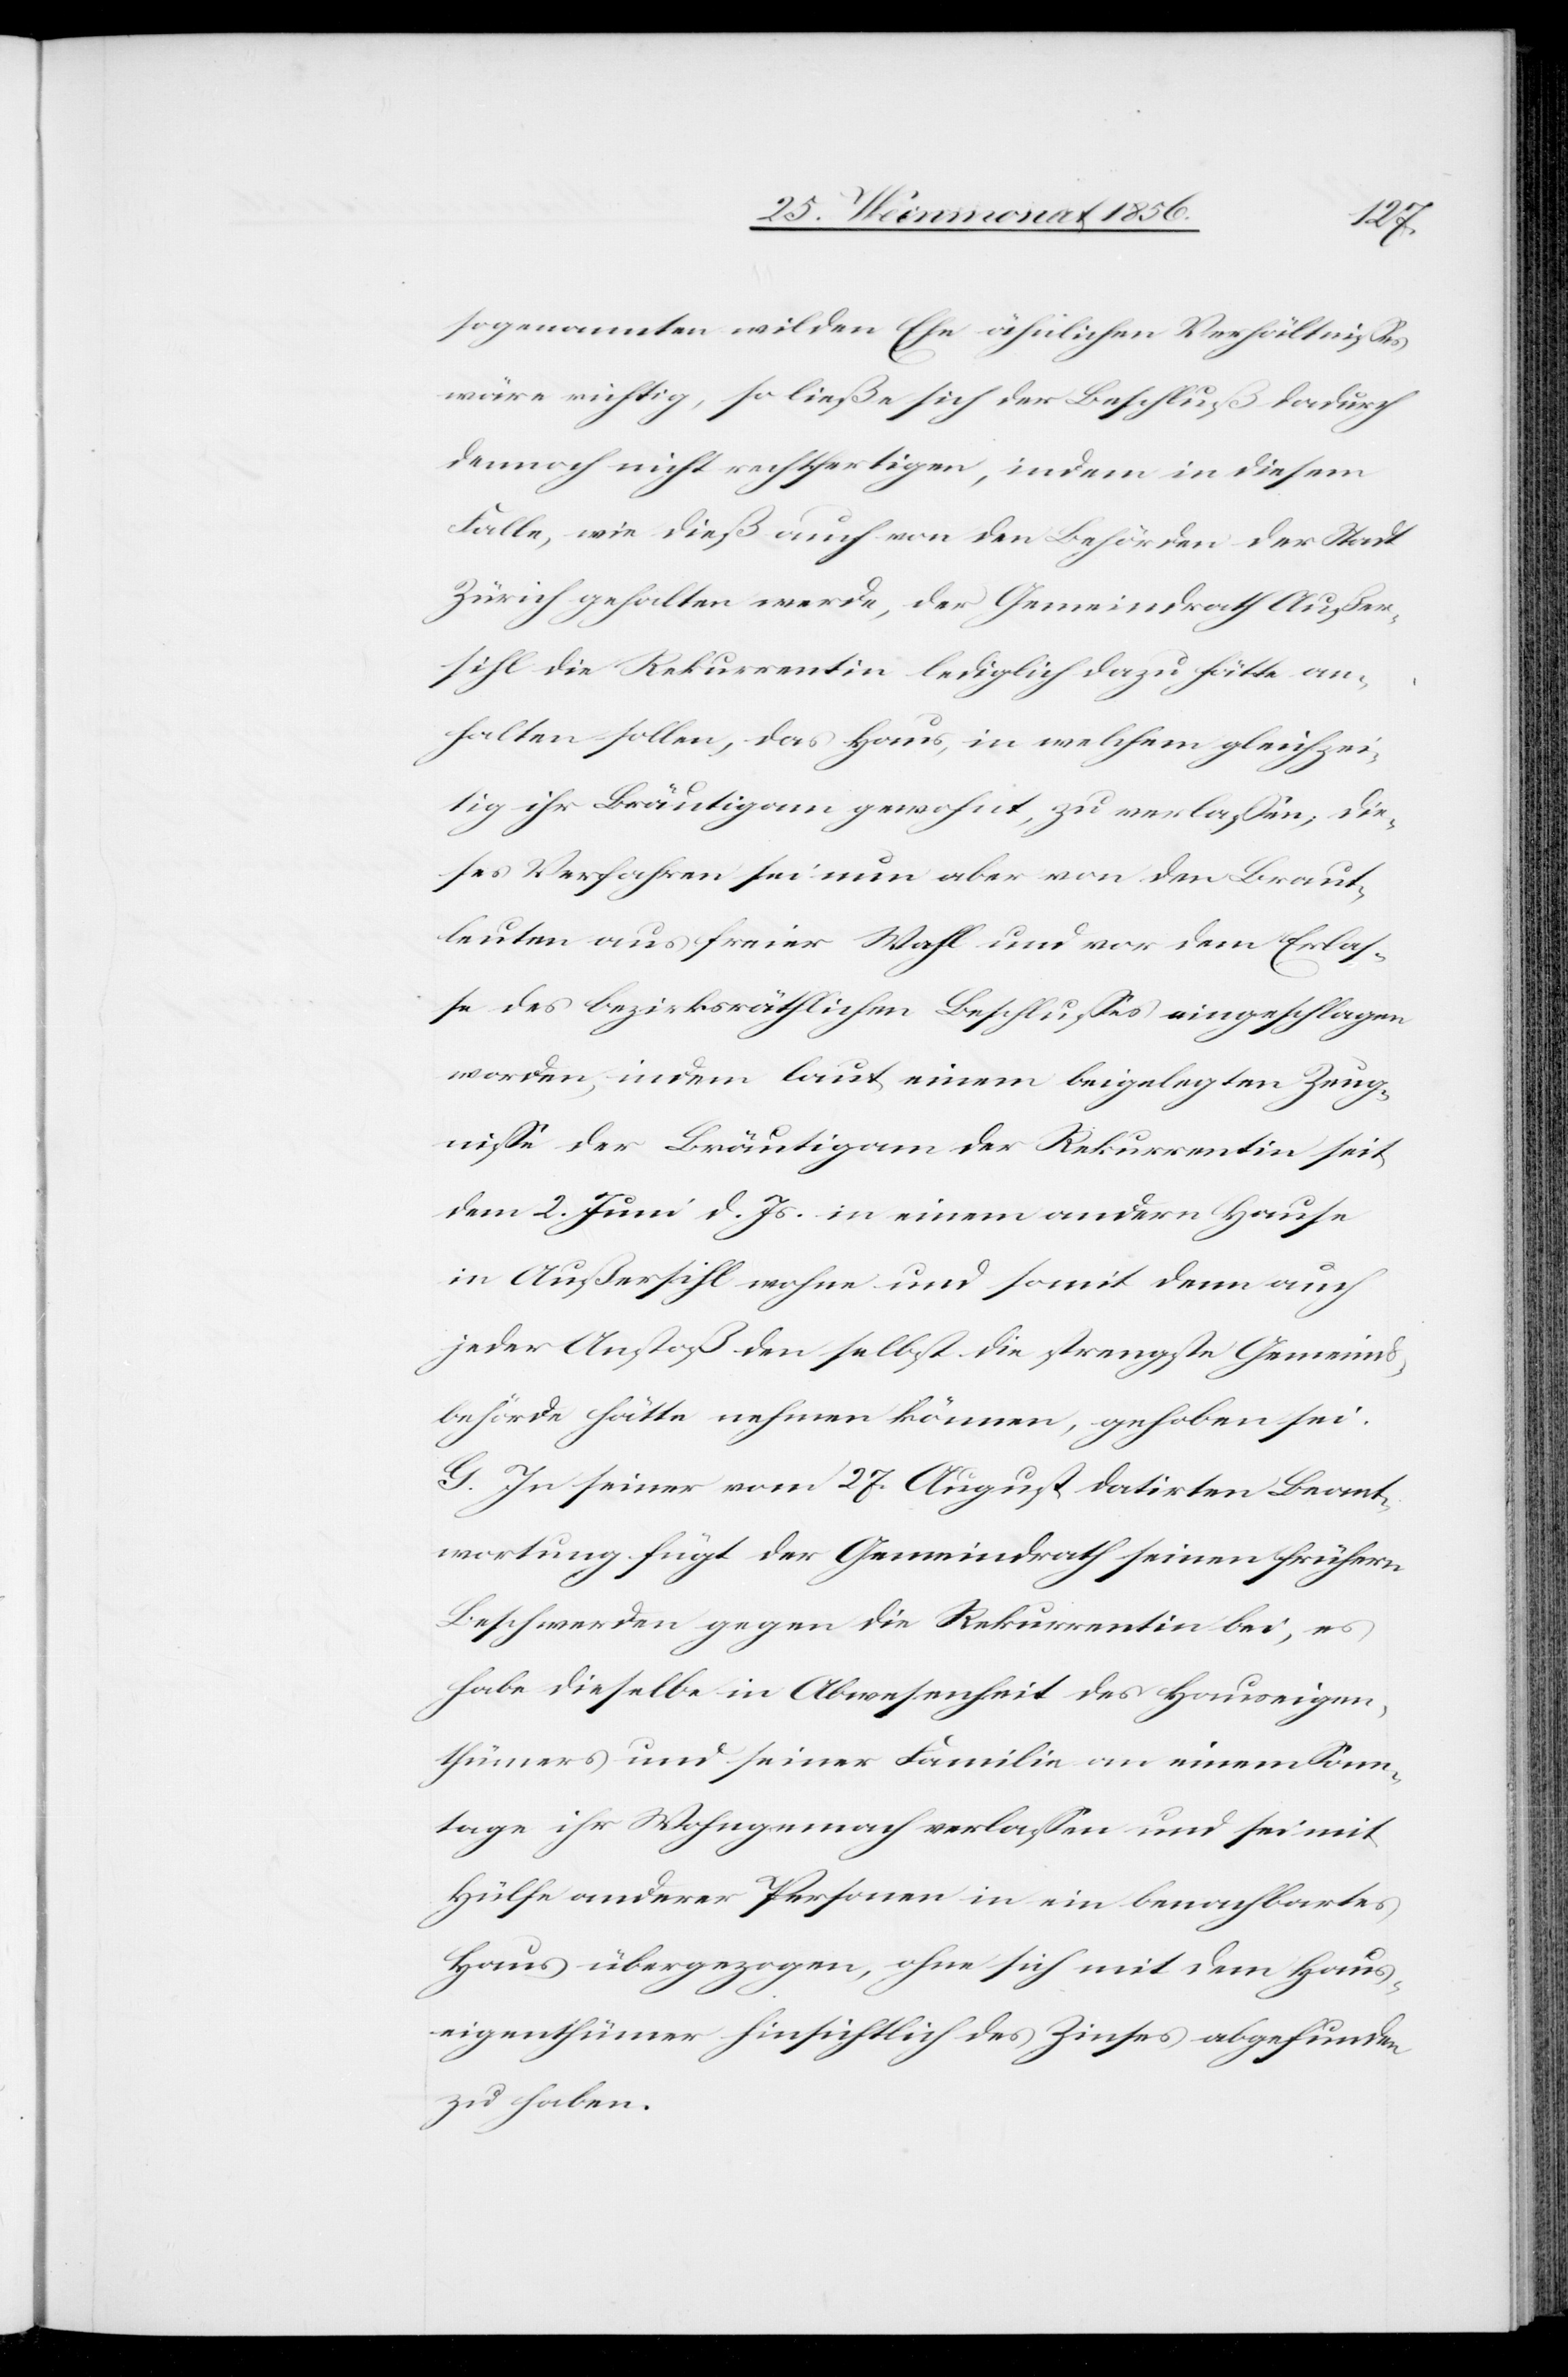
sogenannten wilden Ehe ähnlichen Verhältnisses
wäre richtig, so ließe sich der Beschluß dadurch
dennoch nicht rechtfertigen, indem in diesem
Falle, wie dieß auch von den Behörden der Stadt
Zürich gehalten werde, der Gemeindrath Außer¬
sihl die Rekurrentin lediglich dazu hätte an¬
halten sollen, das Haus, in welchem gleichzei¬
tig ihr Bräutigam gewohnt, zu verlassen; die¬
ses Verfahren sei nun aber von den Braut¬
leuten aus freier Wahl und vor dem Erlas¬
se des bezirksräthlichen Beschlusses eingeschlagen
worden, indem laut einem beigelegten Zeug¬
nisse der Bräutigam der Rekurrentin seit
dem 2. Juni d. Js. in einem andern Hause
in Außersihl wohne und somit denn auch
jeder Anstoß den selbst die strengste Gemeinds¬
behörde hätte nehmen können, gehoben sei.
G. In seiner vom 27. August datirten Beant¬
wortung fügt der Gemeindrath seinen frühern
Beschwerden gegen die Rekurrentin bei, es
habe dieselbe in Abwesenheit des Hauseigen¬
thümers und seiner Familie an einem Sams¬
tage ihr Wohngemach verlassen und sei mit
Hülfe anderer Personen in ein benachbartes
Haus übergezogen, ohne sich mit dem Haus¬
eigenthümer hinsichtlich des Zinses abgefunden
zu haben.